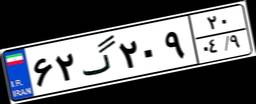
۶۲گ۲۰۹۲۰